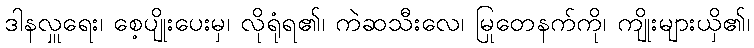
ဒါနလှူရေး၊ စေ့ပျိုးပေးမှ၊ လိုရုံရ၏၊ ကဲဆသီးလေ၊ မြုတေနက်ကို၊ ကျိုးများယှိ၏၊